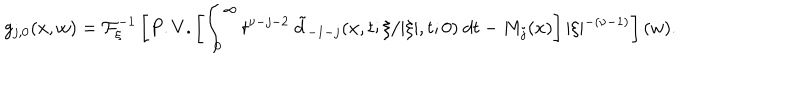
LaTeX: \displaystyle g _ { j , 0 } ( x , w ) = { \cal F } _ { \xi } ^ { - 1 } \left[ P . V . \left[ \int _ { 0 } ^ { \infty } t ^ { \nu - j - 2 } \ \tilde { d } _ { - 1 - j } ( x , t ; \xi / \vert \xi \vert , t ; 0 ) \ d t - M _ { j } ( x ) \right] \vert \xi \vert ^ { - ( \nu - 1 ) } \right] ( w ) .